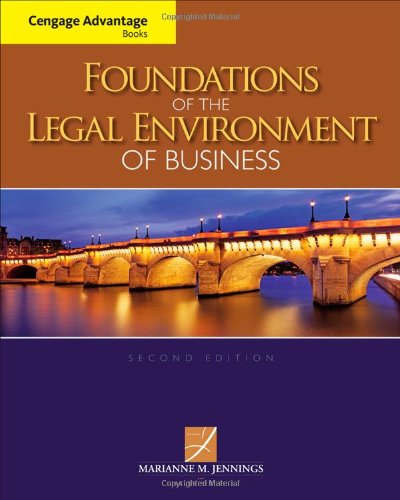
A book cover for Cengage Advantage Books: Foundations of the Legal Environment of Business; Marianne M. Jennings; Law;